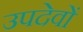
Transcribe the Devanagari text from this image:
उपदेवों